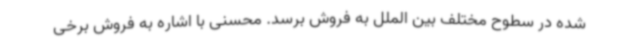
شده در سطوح مختلف بین الملل به فروش برسد. محسنی با اشاره به فروش برخی